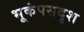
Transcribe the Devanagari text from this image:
भूकंपसदृश